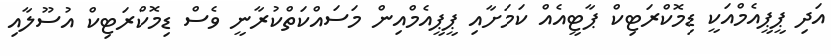
އަދި ޕީޕީއެމްއަކީ ޑިމޮކްރަޓިކް ޕާޓީއެއް ކަމަށާއި ޕީޕީއެމްއިން މަސައްކަތްކުރާނީ ވެސް ޑިމޮކްރަޓިކް އުސޫލާއި